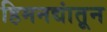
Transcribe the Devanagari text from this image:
हिमनद्यांतून